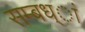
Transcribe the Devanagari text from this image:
सम्बध्ां